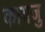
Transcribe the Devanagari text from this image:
कायजु